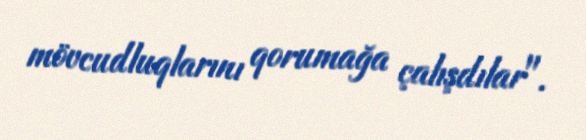
mövcudluqlarını qorumağa çalışdılar".